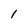
Character: l